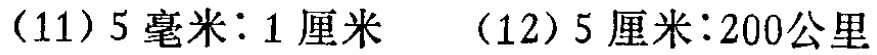
(11) \(5\text{毫米}:1\text{厘米}\)  (12) \(5\text{厘米}:200\text{公里}\)